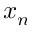
x _ { n }